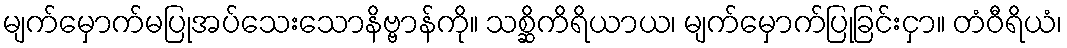
မျက်မှောက်မပြုအပ်သေးသောနိဗ္ဗာန်ကို။ သစ္ဆိကိရိယာယ၊ မျက်မှောက်ပြုခြင်းငှာ။ တံဝီရိယံ၊